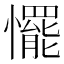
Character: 𢤛